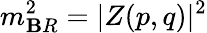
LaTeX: m_{\mathbf{B}R}^{2}=\vert{Z(p,q)}\vert^{2}